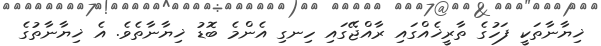
ޚިޔާނާތަކީ ފަހުގެ ތާރީޚެއްގައި ރާއްޖޭގައި ހިނގި އެންމެ ބޮޑު ޚިޔާނާތެވެ. އެ ޚިޔާނާތުގެ